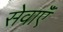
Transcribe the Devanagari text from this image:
सेवाएॅं